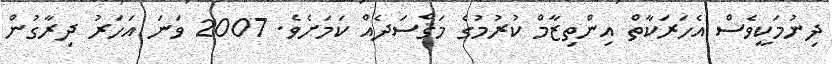
ދިނުމަކީވެސް އެހަރަކާތް އިންތިޒާމް ކުރުމުގެ މަޤްސަދެއް ކަމަށެވެ. 2007 ވަނަ އަހަރު ދިރާގުން